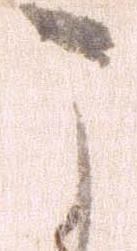
こ